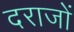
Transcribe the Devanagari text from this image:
दराजों